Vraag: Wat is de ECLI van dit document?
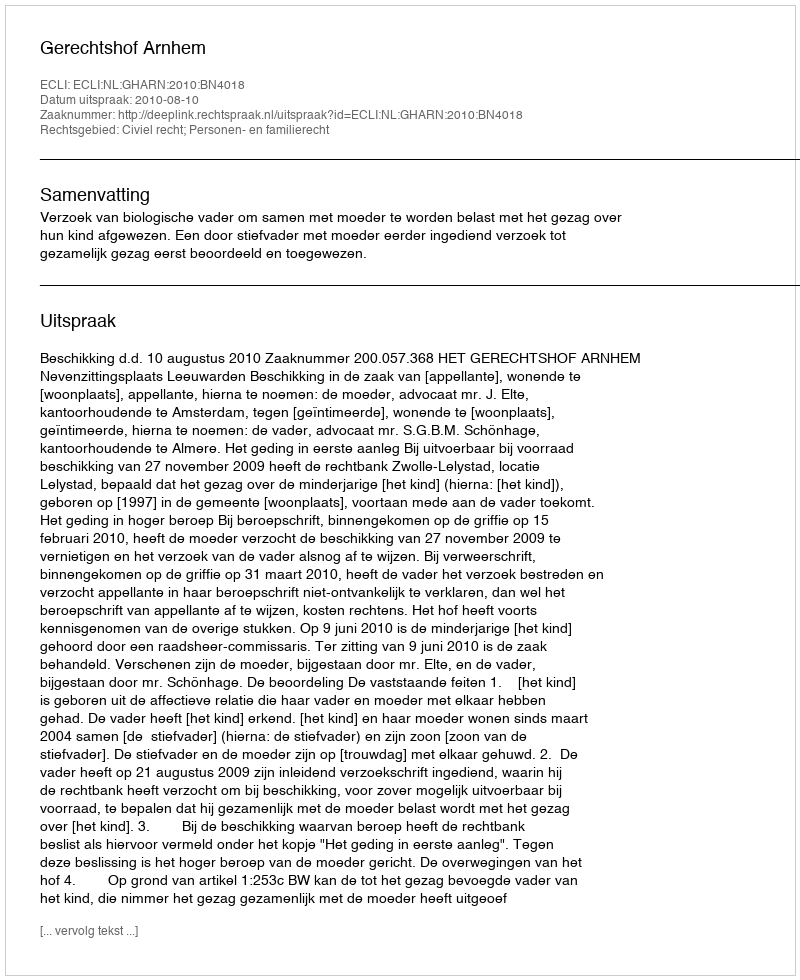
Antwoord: ECLI:NL:GHARN:2010:BN4018